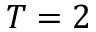
T = 2